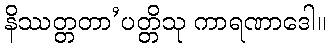
နိဿတ္တတာ’ပတ္တိသု ကာရဏာဒေါ။